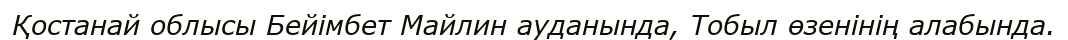
Қостанай облысы Бейімбет Майлин ауданында, Тобыл өзенінің алабында.